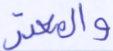
والمعتر